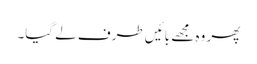
پھر وہ مجھے بائیں طرف لے گیا۔